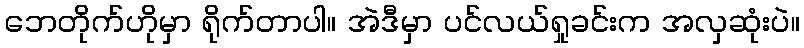
ဘေတိုက်ဟိုမှာ ရိုက်တာပါ။ အဲဒီမှာ ပင်လယ်ရှုခင်းက အလှဆုံးပဲ။